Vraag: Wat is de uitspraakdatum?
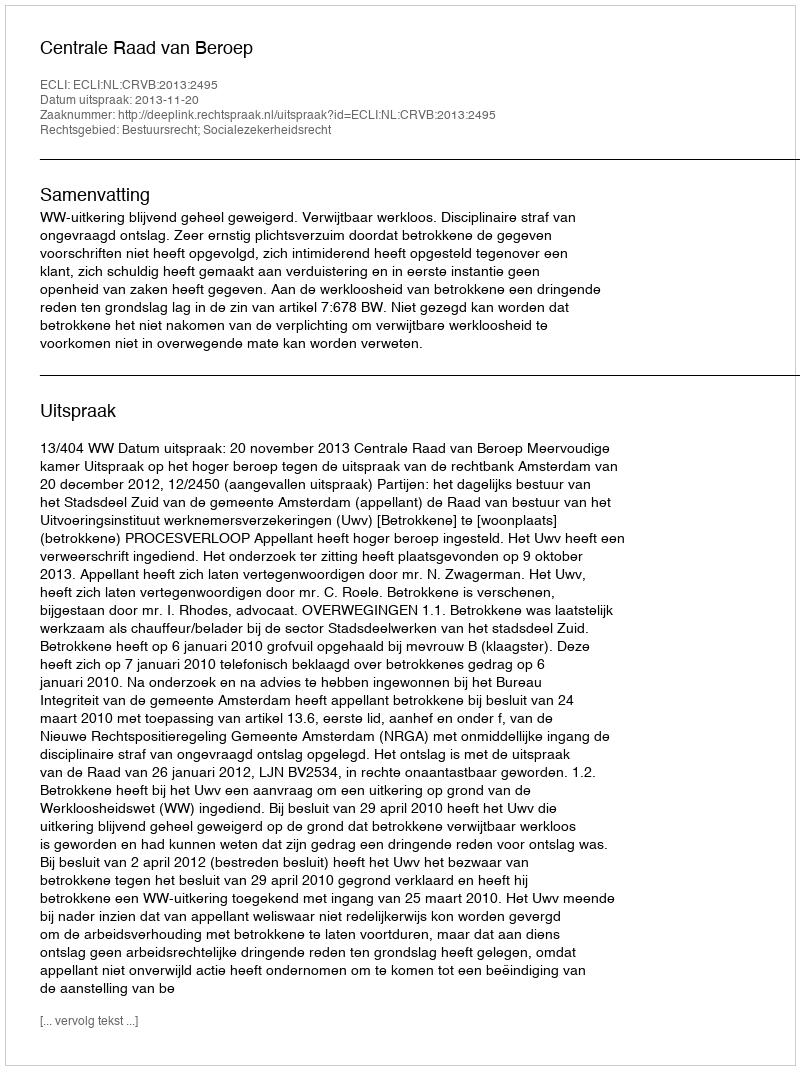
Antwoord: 2013-11-20